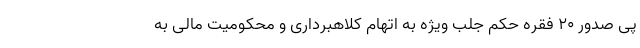
پی صدور ۲۰ فقره حکم جلب ویژه به اتهام کلاهبرداری و محکومیت مالی به